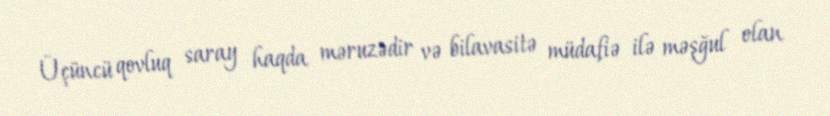
Üçüncü qovluq saray haqda məruzədir və bilavasitə müdafiə ilə məşğul olan